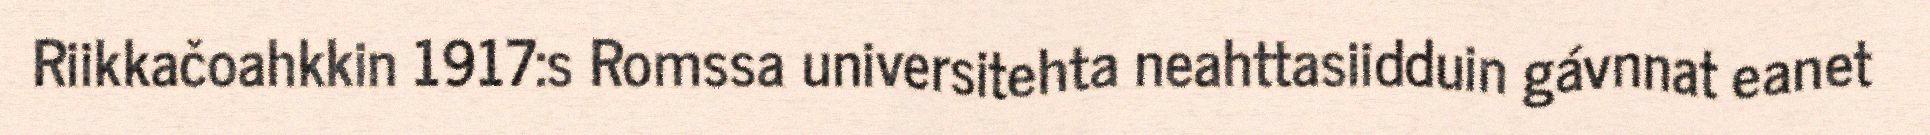
Riikkačoahkkin 1917:s Romssa universitehta neahttasiidduin gávnnat eanet